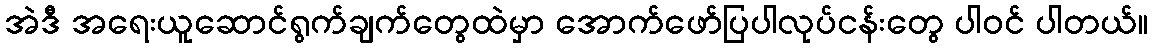
အဲဒီ အရေးယူဆောင်ရွက်ချက်တွေထဲမှာ အောက်ဖော်ပြပါလုပ်ငန်းတွေ ပါဝင် ပါတယ်။